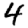
Digit: 4